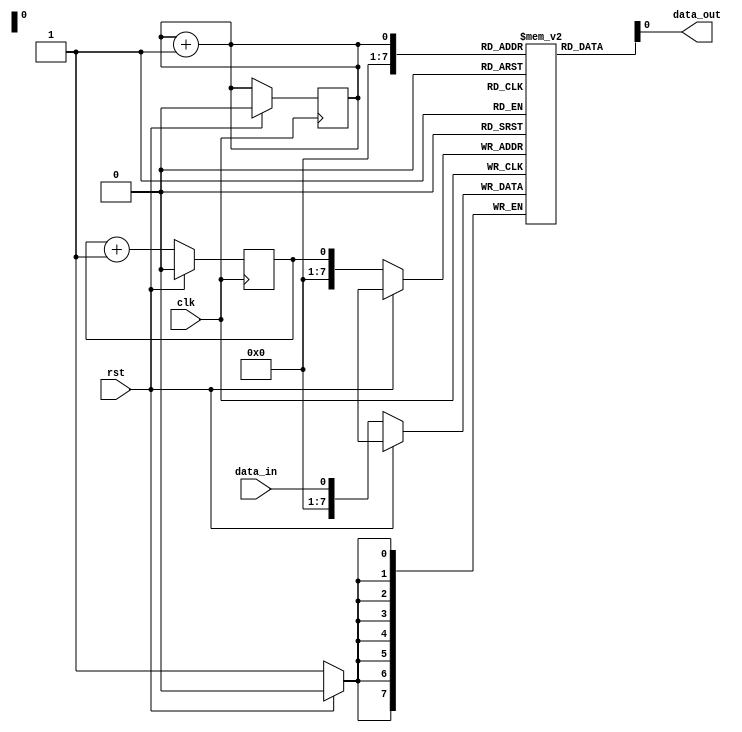
module fifo_buffer (
  input wire clk,
  input wire rst,
  input wire data_in,
  output reg data_out
);

reg [7:0] fifo [0:255];
reg wr_ptr = 0;
reg rd_ptr = 0;

always @(posedge clk) begin
  if (rst) begin
    wr_ptr <= 0;
    rd_ptr <= 0;
  end else begin
    fifo[wr_ptr] <= data_in;
    wr_ptr <= (wr_ptr == 255) ? 0 : wr_ptr + 1;
  end
end

always @(*) begin
  data_out = fifo[rd_ptr];
  rd_ptr = (rd_ptr == 255) ? 0 : rd_ptr + 1;
end

endmodule